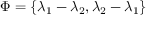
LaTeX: \Phi = \{ \lambda _ { 1 } - \lambda _ { 2 } , \lambda _ { 2 } - \lambda _ { 1 } \}